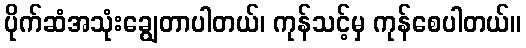
ပိုက်ဆံအသုံးချွေတာပါတယ်၊ ကုန်သင့်မှ ကုန်စေပါတယ်။